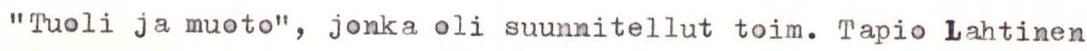
"Tuoli ja muoto", jonka oli suunnitellut toim. Tapio Lahtinen